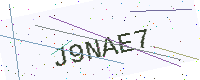
Text: J9NAE7